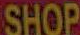
SHOP